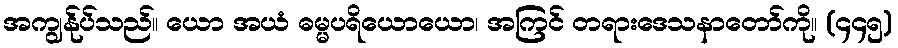
အကျွန်ုပ်သည်။ ယော အယံ ဓမ္မပရိယောယော၊ အကြင် တရားဒေသနာတော်ကို။ (၄၄၅)